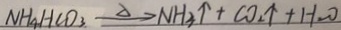
N H _ { 4 } H C O _ { 3 } \overline { s } e t \Delta \rightarrow N H _ { 3 } \uparrow + C O _ { 2 } \uparrow + H _ { 2 } O